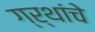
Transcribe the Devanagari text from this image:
ग्र्थांचे